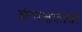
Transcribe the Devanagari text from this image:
अंगरक्षकांची